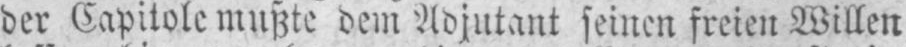
der Capitole mußte dem Adjutant seinen freien Willen